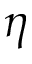
\boldsymbol { \eta }